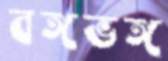
বঙ্গভঙ্গ